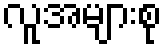
လူအများစု